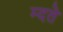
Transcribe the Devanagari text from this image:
म्दते